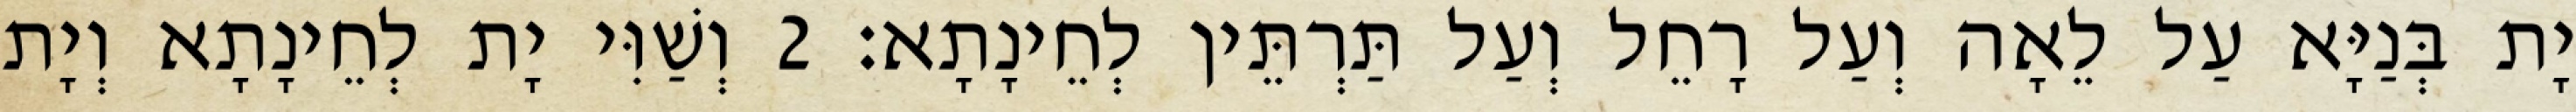
יָת בְּנַיָּא עַל לֵאָה וְעַל רָחֵל וְעַל תַּרְתֵּין לְחֵינָתָא׃ 2 וְשַׁוִּי יָת לְחֵינָתָא וְיָת